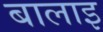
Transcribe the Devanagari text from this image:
बालाइ